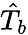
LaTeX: \hat{T}_{b}